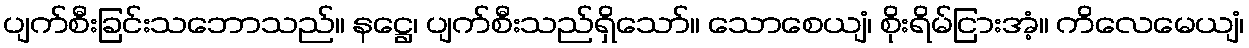
ပျက်စီးခြင်းသဘောသည်။ နဋ္ဌေ၊ ပျက်စီးသည်ရှိသော်။ သောစေယျံ၊ စိုးရိမ်ငြားအံ့။ ကိလေမေယျံ၊